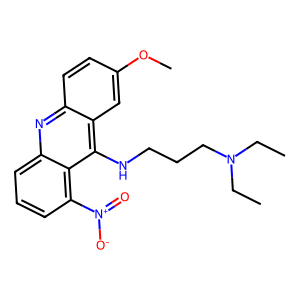
SMILES: CCN(CC)CCCNc1c2cc(OC)ccc2nc2cccc([N+](=O)[O-])c12
Inhibits HIV replication: No